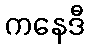
ကနေဒီ